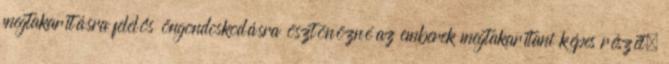
megtakarításra felelős öngondoskodásra ösztönözné az emberek megtakarítani képes részét.